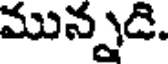
మున్నడి.